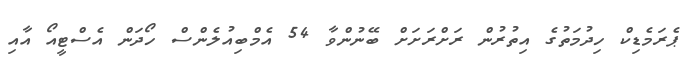
ޕެރަމެޑިކް ހިދުމަތުގެ އިތުރުން ރަށްރަށަށް ބޭނުންވާ 54 އެމްބިއުލެންސް ހޯދަން އެސްޓީއޯ އާއި